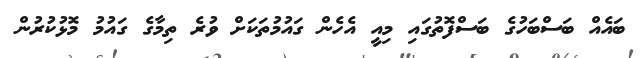
ބައެއް ބަސްބަހުގެ ބަސްފޮތުގައި މިއީ އެހެން ގައުމުތަކަށް ވުރެ ތިމާގެ ގައުމު މޮޅުކުރުން